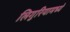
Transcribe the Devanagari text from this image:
लिगुरियामध्ये